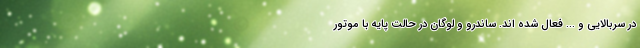
در سربالایی و ... فعال شده اند. ساندرو و لوگان در حالت پایه با موتور